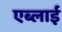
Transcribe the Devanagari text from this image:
एब्लाई